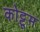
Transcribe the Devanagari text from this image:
कोट्टूम